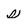
Character: s